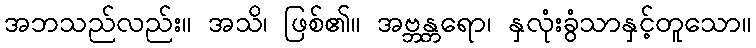
အဘသည်လည်း။ အသိ၊ ဖြစ်၏။ အဗ္ဘန္တရော၊ နှလုံးခွံသာနှင့်တူသော။